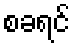
စခရင်